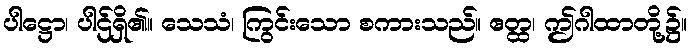
ပါဋ္ဌော၊ ပါဌ်ရှိ၏။ သေသံ၊ ကြွင်းသော စကားသည်။ ဧတ္ထ၊ ဤဂါထာတို့၌။